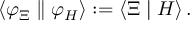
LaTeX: \left\langle \varphi _ { \Xi } \parallel \varphi _ { H } \right\rangle : = \left\langle \Xi \mid H \right\rangle .